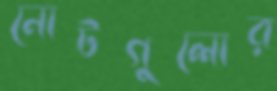
নোটগুলোর